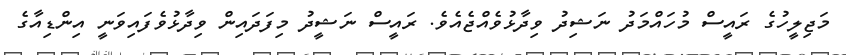
މަޖިލީހުގެ ރައީސް މުހައްމަދު ނަޝިދު ވިދާޅުވެއްޖެއެވެ. ރައީސް ނަޝީދު މިފަދައިން ވިދާޅުވެފައިވަނީ އިންޑިއާގެ